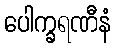
ပေါက္ခရဏီနံ